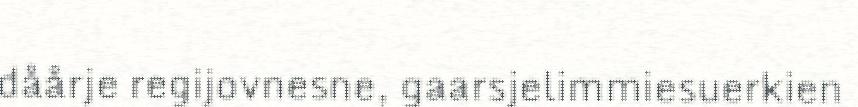
dåårje regijovnesne, gaarsjelimmiesuerkien